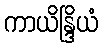
ကာယိန္ဒြိယံ